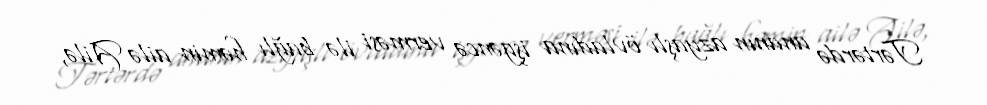
Tərtərdə ananın azyaşlı övladına işgəncə verməsi ilə bağlı həmin ailə Ailə,